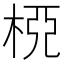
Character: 𣒘